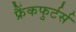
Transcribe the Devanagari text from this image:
फ्रैंकफुर्टर्स